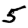
Digit: 5